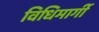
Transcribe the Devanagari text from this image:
विधिमार्गी